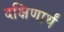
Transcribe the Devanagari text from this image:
दक्षिणार्थं